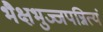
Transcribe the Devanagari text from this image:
भैक्षभुज्जपन्नित्यं